Tezpur Lunatic Asylum reports 1895-1904 - 1895-1904
Year: 1895
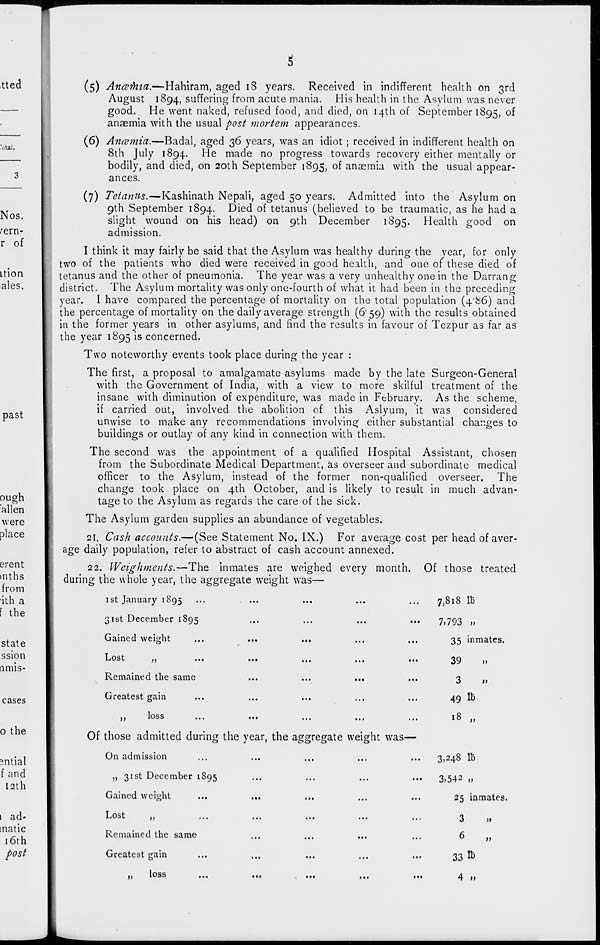
i
(5) Anamia.—Hahiram, aged 18 years. Received in indifferent health on 3rd
August 1894, suffering from acute mania. His health in the Asylum was never
good. He went naked, refused food, and died, on 14th of September 1895, of
anaemia with the usual post mortem appearances.
(6) Ancumia.—Badal, aged 36 years, was an idiot ; received in indifferent health on
8th July 1894. He made no progress towards recovery either mentally or
bodily, and died, on 20th September 1895, of anaemia with the usual appear-
ances.
(7) Tetanus.—Kashinath Nepali, aged 50 years. Admitted into the Asylum on
9th September 1894. Died of tetanus (believed to be traumatic, as he had a
slight wound on his head) on 9th December 1895. Health good on
admission.
I think it may fairly be said that the Asylum was healthy during the year, for only
two of the patients who died were received in good health, and one of these died of
tetanus and the other of pneumonia. The year was a very unhealthy one in the Darrang
district. The Asylum mortality was only one-fourth of what it had been in the preceding
year. I have compared the percentage of mortality on the total population (4*86) and
the percentage of mortality on the daily average strength (6" 59) with the results obtained
in the former years in other asylums, and find the results in favour of Tezpur as far as
the year 1895 is concerned.
Two noteworthy events took place during the year :
The first, a proposal to amalgamate asylums made by the late Surgeon-General
with the Government of India, with a view to more skilful treatment of the
insane with diminution of expenditure, was made in February. As the scheme,
if carried out, involved the abolition of this Aslyum, it was considered
unwise to make any recommendations involving either substantial changes to
buildings or outlay of any kind in connection with them.
The second was the appointment of a qualified Hospital Assistant, chosen
from the Subordinate Medical Department, as overseer and subordinate medical
officer to the Asylum, instead of the former non-qualified overseer. The
change took place on 4th October, and is likely to result in much advan-
tage to the Asylum as regards the care of the sick.
The Asylum garden supplies an abundance of vegetables.
21. Cash accounts.—(See Statement No. IX.) For average cost per head of aver-
age daily population, refer to abstract of cash account annexed.
22. Weighments.—The inmates are weighed every month. Of those treated
during the whole year, the aggregate weight was—
1 st January 1895
31st December 1895
Gained weight
L<OSt
,,
...
...
,,.
...
...
Remained the same
...
...
...
Greatest gain
M
loss
Of those admitted during the year, the aggregate weight was—
On admission
„ 31st December 1895
Gained weight
>)
Lost
Remained the same
Greatest gain
„
loss
7,818 IB
7)793 a
35 inmates.
39
n
3
»
49 lb
18 i)
3*248 ID
3.542 >)
25 in mates.
3
ii
6
)>
33 lb
4 ty